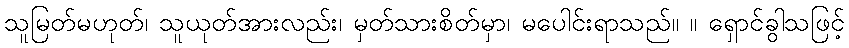
သူမြတ်မဟုတ်၊ သူယုတ်အားလည်း၊ မှတ်သားစိတ်မှာ၊ မပေါင်းရာသည်။ ။ ရှောင်ခွါသဖြင့်